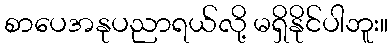
စာပေအနုပညာရယ်လို့ မရှိနိုင်ပါဘူး။